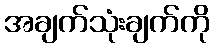
အချက်သုံးချက်ကို